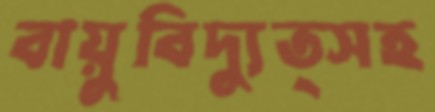
বায়ুবিদ্যুত্সহ